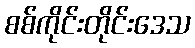
စစ်ကိုင်းတိုင်းဒေသ